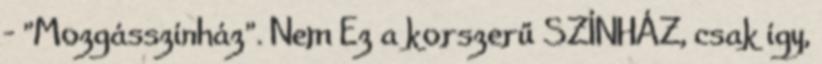
- "Mozgásszínház". Nem Ez a korszerű SZÍNHÁZ, csak így,